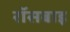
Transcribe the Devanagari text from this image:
रॉसबाइ